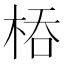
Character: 𭪇